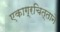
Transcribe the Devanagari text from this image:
एकाग्रचित्ताने